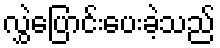
လွှဲပြောင်းပေးခဲ့သည်